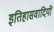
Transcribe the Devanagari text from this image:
इतिहासवादियों